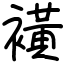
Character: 𧝒